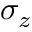
\sigma _ { z }